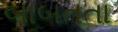
બાબતતા